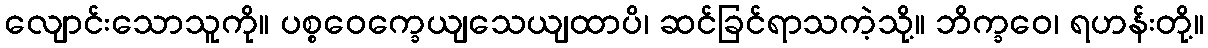
လျောင်းသောသူကို။ ပစ္စဝေက္ခေယျသေယျထာပိ၊ ဆင်ခြင်ရာသကဲ့သို့။ ဘိက္ခဝေ၊ ရဟန်းတို့။